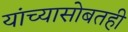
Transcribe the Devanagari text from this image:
यांच्यासोबतही